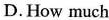
D. How much